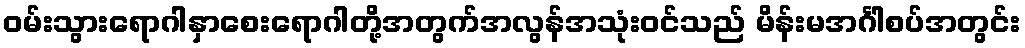
ဝမ်းသွားရောဂါနှာစေးရောဂါတို့အတွက်အလွန်အသုံးဝင်သည် မိန်းမအင်္ဂါစပ်အတွင်း